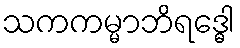
သကကမ္မာဘိရဒ္ဓေါ